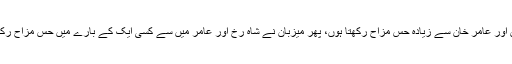
سلمان خان نے انٹرویو کے دوران انکشاف کیا کہ میں شاہ رخ خان اور عامر خان سے زیادہ حسِ مزاح رکھتا ہوں، پھر میزبان نے شاہ رخ اور عامر میں سے کسی ایک کے بارے میں حسِ مزاح رکھنے کا پوچھا جس پر سلمان خان نے فوری شاہ رخ خان کا نام لیا۔